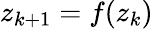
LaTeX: z_{k+1}=f(z_{k})